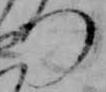
つ